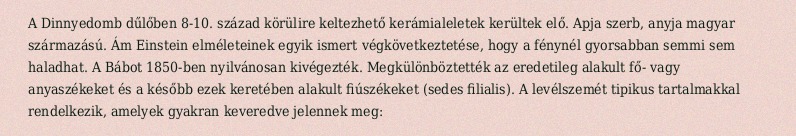
A Dinnyedomb dűlőben 8-10. század körülire keltezhető kerámialeletek kerültek elő. Apja szerb, anyja magyar származású. Ám Einstein elméleteinek egyik ismert végkövetkeztetése, hogy a fénynél gyorsabban semmi sem haladhat. A Bábot 1850-ben nyilvánosan kivégezték. Megkülönböztették az eredetileg alakult fő- vagy anyaszékeket és a később ezek keretében alakult fiúszékeket (sedes filialis). A levélszemét tipikus tartalmakkal rendelkezik, amelyek gyakran keveredve jelennek meg: